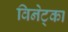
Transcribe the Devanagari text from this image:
विनेट्का